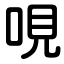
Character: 哯